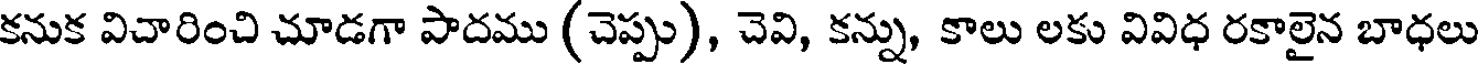
కనుక విచారించి చూడగా పాదము (చెప్పు), చెవి, కన్ను, కాలు లకు వివిధ రకాలైన బాధలు